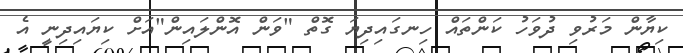
ކިޔާން މަރުވި ދުވަހު ކަންތައް ހިނގައިދިޔަ ގޮތް "ވަން އޮންލައިން"އަށް ކިޔައިދިނީ އެ